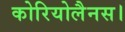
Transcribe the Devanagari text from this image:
कोरियोलैनस।